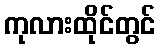
ကုလားထိုင်တွင်